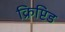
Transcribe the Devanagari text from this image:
क्रिप्टिड